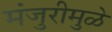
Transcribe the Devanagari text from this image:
मंजुरीमुळे